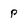
Character: P